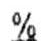
%